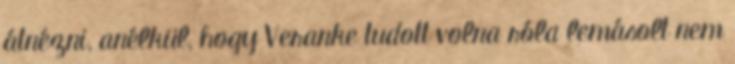
átnézni, anélkül, hogy Veranke tudott volna róla lemásolt nem